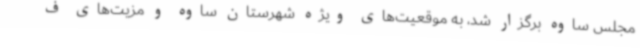
مجلس ساوه برگزار شد، به موقعیت‌های ویژه شهرستان ساوه و مزیت‌های ف